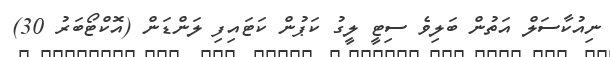
ނިއުކާސަލް އަތުން ބަލިވެ ސިޓީ ލީގު ކަޕުން ކަޓައިފި ލަންޑަން (އޮކްޓޯބަރު 30)